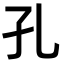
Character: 孔